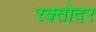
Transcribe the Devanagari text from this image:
रक्तोदर